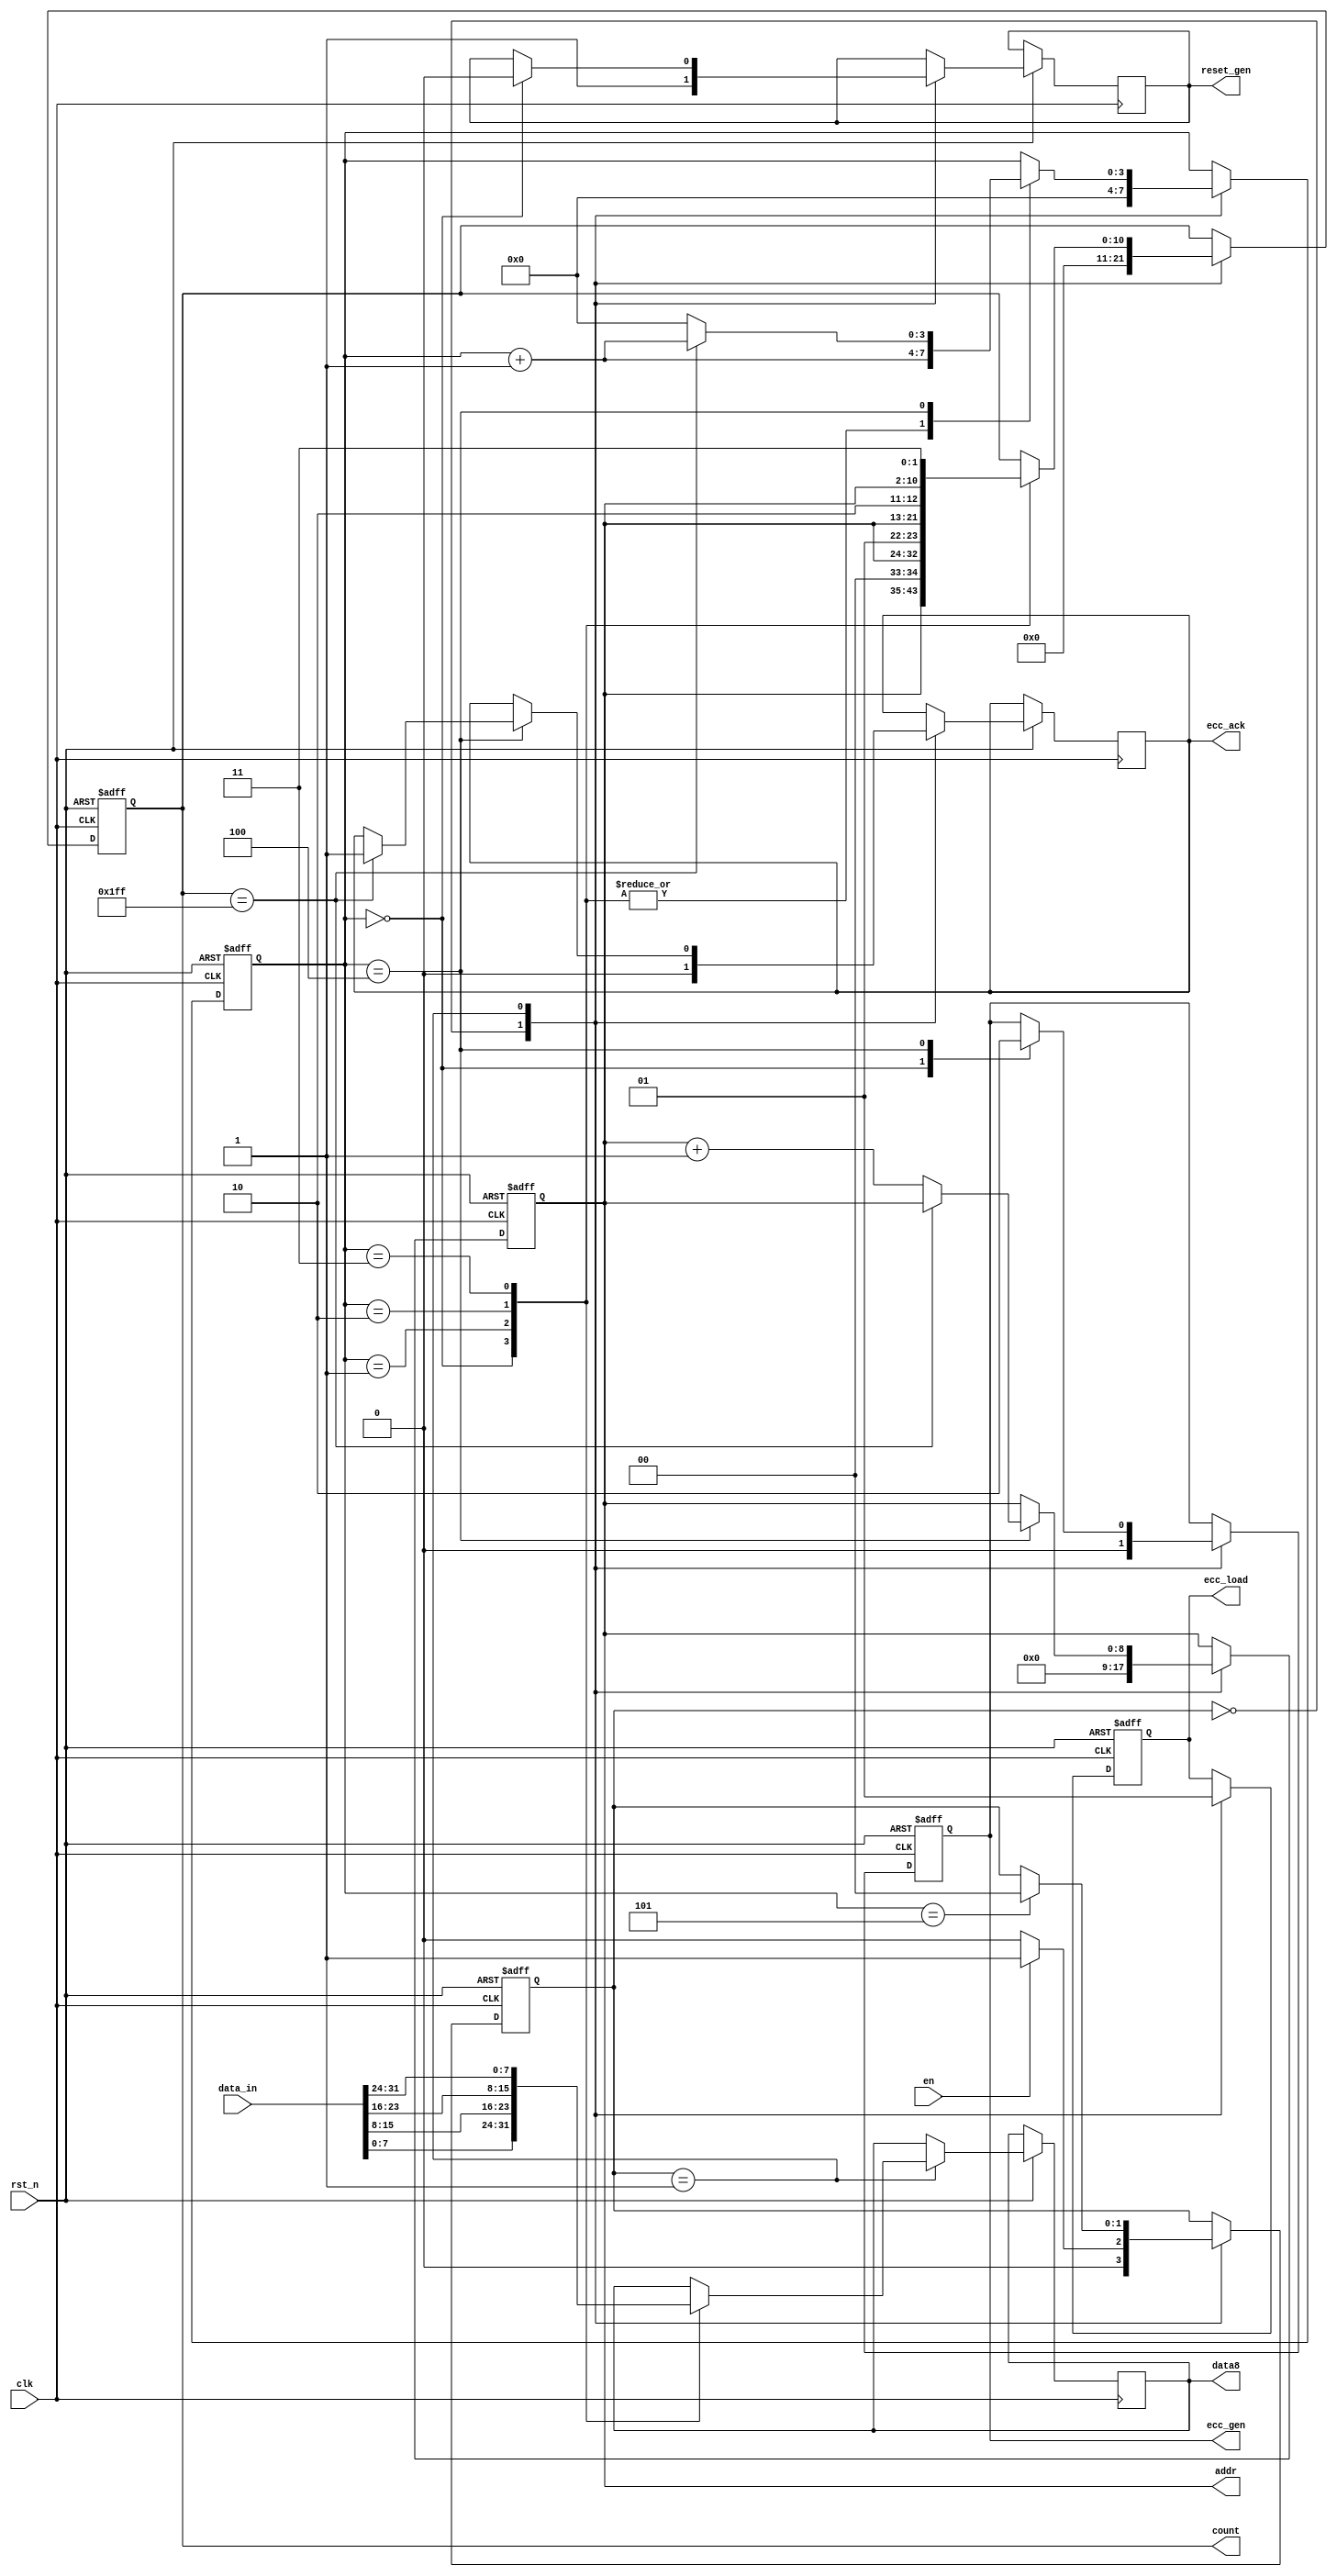
module ecc_controller(
                   ///input  ///
                   clk,
                   rst_n,
                   data_in, //32 bits
                   en,
                
                   
                   ///output///
                   addr,
                   ecc_gen,
                   reset_gen,
                   data8,   //8 bits
                   count,
                   ecc_load,
                   ecc_ack
                   
                  );
                  
 input            clk;   
 input            rst_n;
 output [8:0]     addr;
 input [31:0]     data_in;
 input            en;
 
 output           reset_gen;
 reg              reset_gen;
 output           ecc_gen;
 reg              ecc_gen;
 output           ecc_load;
 reg              ecc_load;
 
 output           ecc_ack;
 reg              ecc_ack;
 
 output [7:0]      data8;
 reg    [7:0]      data8;
 
 output [10:0]     count;
 reg    [10:0]     count;
 
 reg    [8:0]      addr;
 
 reg [1:0] state;  
 parameter idle      = 2'd0;
 parameter ecc_begin = 2'd1;
 
 reg [3:0]        cycle;
 
 
 always@(posedge clk or negedge rst_n)
 begin
   if(~rst_n) begin
     state   <= idle;
     ecc_gen       <= 0;
     ecc_load      <= 0;
     //reset_gen     <= 1;
     cycle         <= 0;
     addr          <= 0;
     count         <= 0;
   end
   else begin 
   
   case(state)
   idle: begin 
        ecc_gen       <= 0;
        ecc_load      <= 0;
        ecc_ack       <= 0;
        reset_gen     <= 1;
        cycle         <= 0;
        addr          <= 0;
        count         <= 0;
        if(en)
          state       <= ecc_begin;
        
        else
          state      <= idle;
		end
     
   ecc_begin:
      begin
      ecc_load  <= 1;
      case(cycle)
        4'd0: begin
                data8     <= data_in[7:0];
                count     <= {addr,2'b00}; // this signal connect to ECC generation module's count_in ports
                ecc_gen   <= 1;
                reset_gen <= 0;
                //ecc_ack   <= 0;
                cycle     <= cycle+1;
              end
        4'd1: begin
                data8     <= data_in[15:8];
                count     <= {addr,2'b01};
                cycle     <= cycle+1;
              end
        4'd2: begin
                data8     <= data_in[23:16];
                count     <= {addr,2'b10};
                cycle     <= cycle+1;
              end
        4'd3: begin
                data8     <= data_in[31:24];
                count     <= {addr,2'b11};
                cycle     <= cycle+1;
              end   
        4'd4: begin
                  if(count==511) begin
                    ecc_gen   <= 0;
                    ecc_load  <= 1;                 
                    ecc_ack   <= 1;
                    //state     <= idle;
                    cycle     <= cycle+1;
                    end
                  else begin
                    cycle     <= 0;
                    addr      <= addr+1;
                    ecc_gen   <= 0;
                    end
                 
              end  
        4'd5: state <= idle;
       endcase 
       end      
   endcase
    end  // end of else
   
 end // end of always                  
                  
endmodule